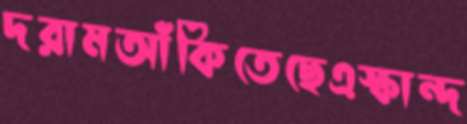
দরামআঁকিতেছেএস্কান্দ